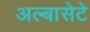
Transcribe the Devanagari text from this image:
अल्बासेटे